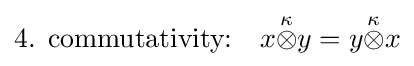
{\text{4. commutativity:}}\quad x{\stackrel {\kappa }{\otimes }}y=y{\stackrel {\kappa }{\otimes }}x